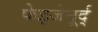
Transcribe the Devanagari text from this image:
फेइजेनूर्द्